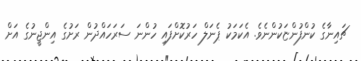
ޗައިނާގެ ކުންފުންޏަކުންނެވެ. އެކަމަކު ޕެނަލް ހަރުކޮށްފައި ހުންނަ ސަރަހައްދުން ރަށުގެ އިންޖީނުގެ އަށް